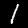
Digit: 1